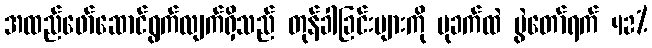
အထည်ဖော်ဆောင်ရွက်လျက်ရှိသည် တုန်ခါခြင်းများကို ပုခက်ထဲ ပွဲတော်ရက် 42%